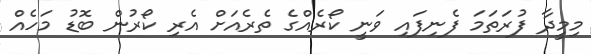
މިމީދާ ފުރަތަމަ ފެނިފައި ވަނީ ކޯރެއްގެ ތެރެއަށް އެރި ކޯރުން ބޮޑު މަހެއް